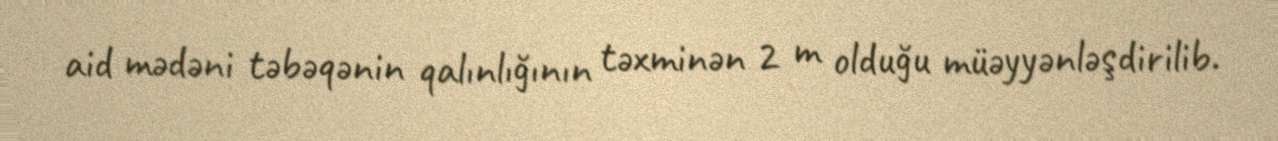
aid mədəni təbəqənin qalınlığının təxminən 2 m olduğu müəyyənləşdirilib.